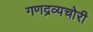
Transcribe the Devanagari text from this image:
गणद्रव्यचोरी